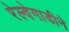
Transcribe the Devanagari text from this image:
रेल्वेगाडीने